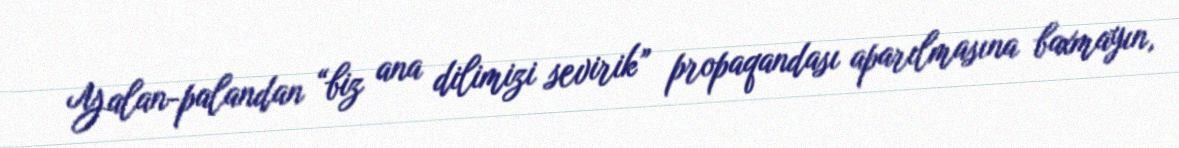
Yalan-palandan “biz ana dilimizi sevirik” propaqandası aparılmasına baxmayın,